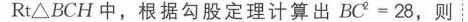
由于这个方程两边的实部必相等，于是我们得到下列泊松（Poisson）公式
\[
U(r,\theta)=\frac{1}{2\pi}\int_{0}^{2\pi}\frac{U(R,\phi)(R^{2}-r^{2})}{R^{2}+r^{2}-2Rr\cos(\phi - \theta)}d\theta\quad(2 - 28)
\]
对 \(V(r,\theta)\) 与 \(V(R,\varphi)\)，我们也有类似的公式。

泊松积分公式（\(2 - 28\)）是重要的。这个公式告诉我们：当 \(U\) 在圆周\(\vert w\vert = R\)上的取值 \(U(R,\varphi)\) 已知时，则调和函数 \(U(r,\theta)\) 在这圆内任意一点的值由公式\((2 - 28)\)所确定。